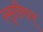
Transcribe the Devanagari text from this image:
स्सृतिमान्